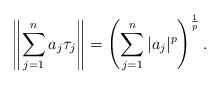
LaTeX: \begin{align*}\left\|\sum_{j=1}^na_j\tau_j \right\|=\left(\sum_{j=1}^n|a_j|^p\right)^\frac{1}{p}.\end{align*}